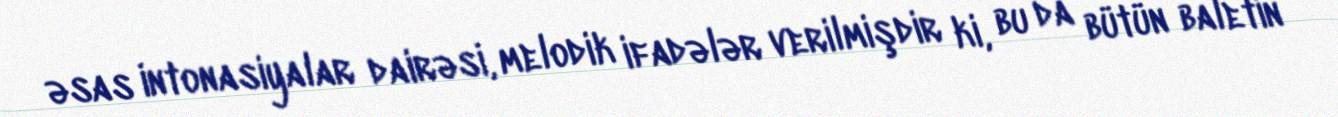
əsas intonasiyalar dairəsi, melodik ifadələr verilmişdir ki, bu da bütün baletin